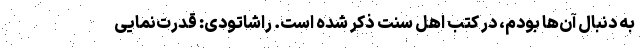
به دنبال آن‌ها بودم، در کتب اهل سنت ذکر شده است. راشاتودی: قدرت‌نمایی